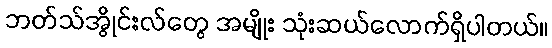
ဘတ်သ်အွိုင်းလ်တွေ အမျိုး သုံးဆယ်လောက်ရှိပါတယ်။